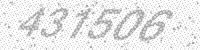
Solution: 431506